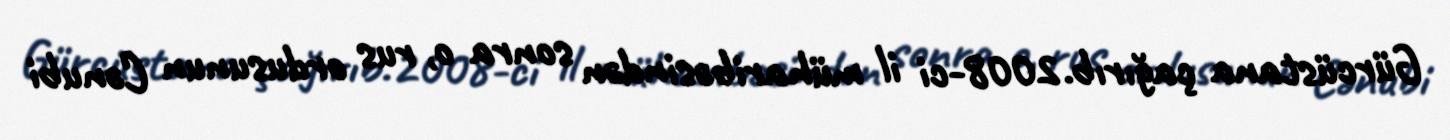
Gürcüstana çağırıb.2008-ci il müharibəsindən sonra o, rus ordusunun Cənubi